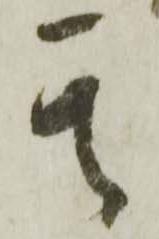
其